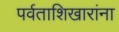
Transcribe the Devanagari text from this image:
पर्वताशिखारांना